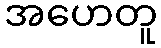
အဟေတူ